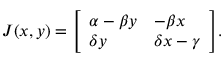
J ( x , y ) = { \left[ \begin{array} { l l } { \alpha - \beta y } & { - \beta x } \\ { \delta y } & { \delta x - \gamma } \end{array} \right] } .